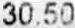
30.50